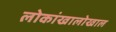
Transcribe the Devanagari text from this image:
लोकांखालोखाल